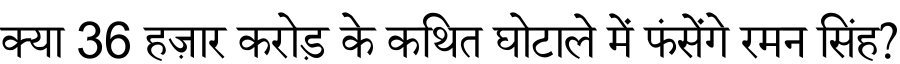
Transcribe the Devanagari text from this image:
क्या 36 हज़ार करोड़ के कथित घोटाले में फंसेंगे रमन सिंह?